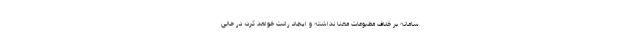
سامانه بر خلاف مطبوعات معنا نداشته و ایجاد رانت خواهد کرد؛ در حالی